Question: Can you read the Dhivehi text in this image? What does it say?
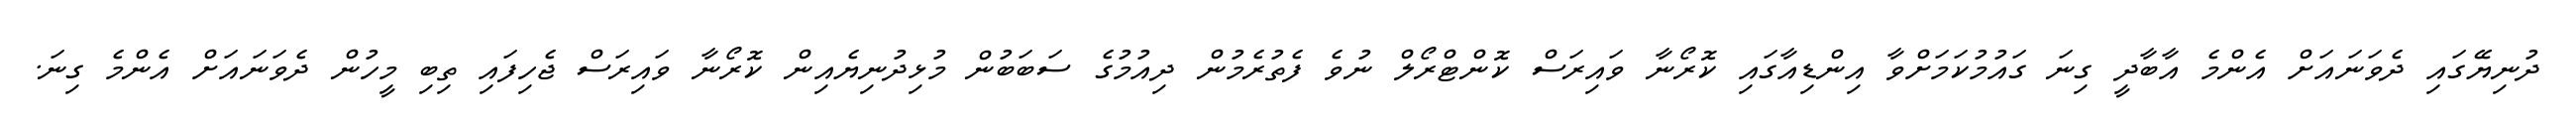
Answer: ދުނިޔޭގައި ދެވަނައަށް އެންމެ އާބާދީ ގިނަ ގައުމުކަމަށްވާ އިންޑިއާގައި ކޮރޯނާ ވައިރަސް ކޮންޓްރޯލް ނުވެ ފެތުރެމުން ދިއުމުގެ ސަބަބުން މުޅިދުނިޔެއިން ކޮރޯނާ ވައިރަސް ޖެހިފައި ތިބި މީހުން ދެވަނައަށް އެންމެ ގިނަ.